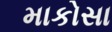
માકોસા